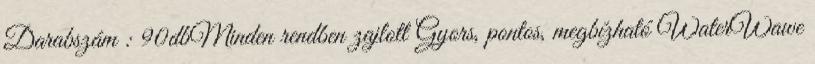
Darabszám : 90dbMinden rendben zajlott Gyors, pontos, megbízható WaterWawe